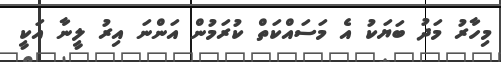
މިހާރު މަދު ބަޔަކު އެ މަސައްކަތް ކުރަމުން އަންނަ އިރު ލީނާ އަކީ